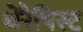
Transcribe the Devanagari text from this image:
थेरैपिस्ट